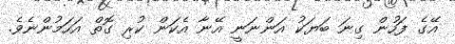
އޭގެ ފަހުން ގިނަ ބަޔަކު އަންނަނީ އޭނާ އެކަން ކުރި ގޮތް އަހަމުންނެވެ.